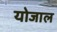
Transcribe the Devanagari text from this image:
योजाल